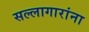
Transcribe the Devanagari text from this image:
सल्लागारांना